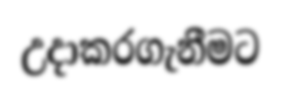
උදාකරගැනීමට